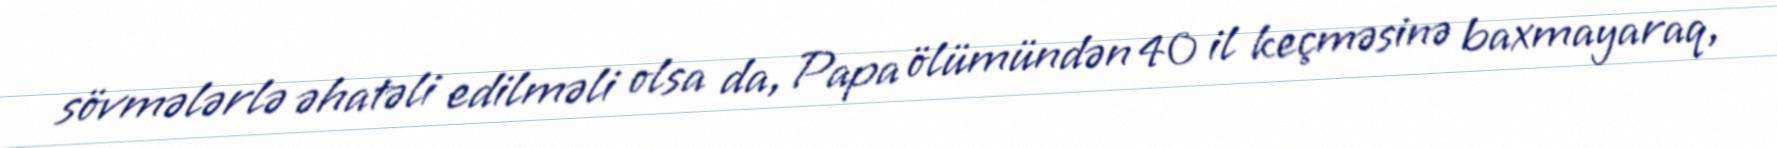
sövmələrlə əhatəli edilməli olsa da, Papa ölümündən 40 il keçməsinə baxmayaraq,